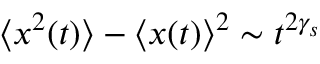
\langle x ^ { 2 } ( t ) \rangle - \langle x ( t ) \rangle ^ { 2 } \sim t ^ { 2 \gamma _ { s } }